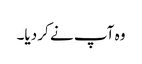
وہ آپ نے کر دیا۔